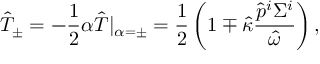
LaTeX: \hat { T } _ { \pm } = - \frac { 1 } { 2 } \alpha \hat { T } | _ { \alpha = \pm } = \frac { 1 } { 2 } \left( 1 \mp \hat { \kappa } \frac { \hat { p } ^ { i } \Sigma ^ { i } } { \hat { \omega } } \right) ,